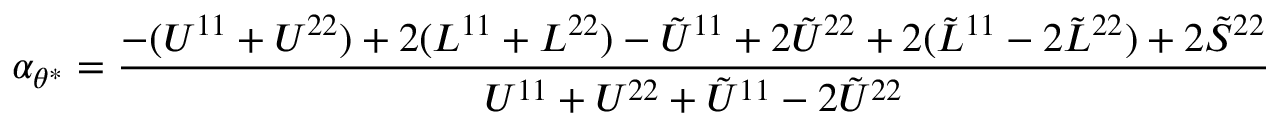
\alpha _ { \theta ^ { \ast } } = \frac { - ( U ^ { 1 1 } + U ^ { 2 2 } ) + 2 ( L ^ { 1 1 } + L ^ { 2 2 } ) - \tilde { U } ^ { 1 1 } + 2 \tilde { U } ^ { 2 2 } + 2 ( \tilde { L } ^ { 1 1 } - 2 \tilde { L } ^ { 2 2 } ) + 2 \tilde { S } ^ { 2 2 } } { U ^ { 1 1 } + U ^ { 2 2 } + \tilde { U } ^ { 1 1 } - 2 \tilde { U } ^ { 2 2 } }